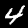
Label: 4